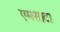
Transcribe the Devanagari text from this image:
एमसाटा